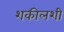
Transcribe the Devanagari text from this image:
शकीलशी